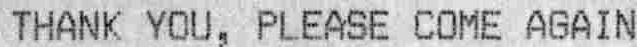
THANK YOU, PLEASE COME AGAIN